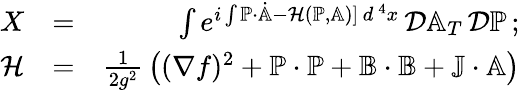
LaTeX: \begin{array}{rlr}{X}&{=}&{\int e^{i\int\mathbb{P}\cdot\dot{\mathbb{A}}-{\cal H}(\mathbb{P},\mathbb{A})]\, d^{\, 4}x}\, {\cal D}\mathbb{A}_{T}\, {\cal D}\mathbb{P}\, ;}\\ {{\cal H}}&{=}&{{\frac{1}{2g^{2}}}\left((\nabla f)^{2}+\mathbb{P}\cdot\mathbb{P}+\mathbb{B}\cdot\mathbb{B}+\mathbb{J}\cdot\mathbb{A}\right)}\end{array}